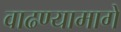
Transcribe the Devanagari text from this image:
वाढण्यामागे